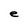
Character: e